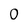
Character: 0